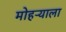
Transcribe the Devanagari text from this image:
मोहऱ्याला